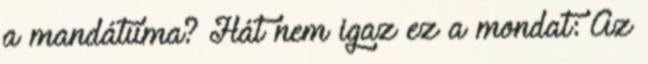
a mandátuma? Hát nem igaz ez a mondat: Az